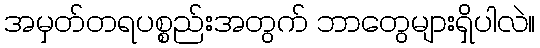
အမှတ်တရပစ္စည်းအတွက် ဘာတွေများရှိပါလဲ။